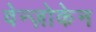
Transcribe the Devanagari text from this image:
वेन्ज़ोकेन